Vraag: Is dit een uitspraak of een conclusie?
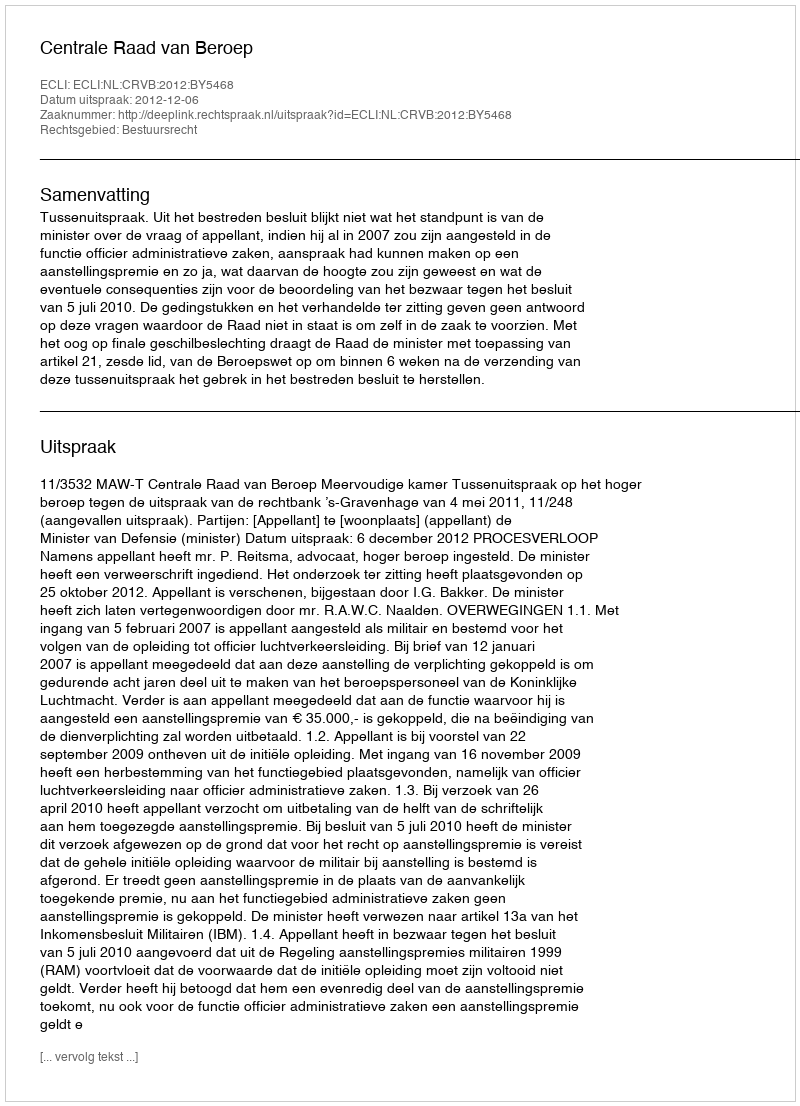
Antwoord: Uitspraak